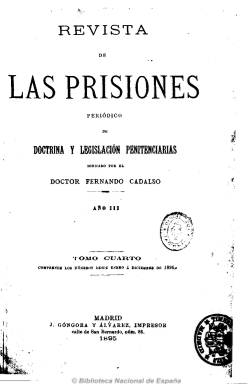
Título: Revista de las prisiones (Madrid. 1893)
Colección: Establecimientos penitenciarios
Ámbito geográfico: Madrid
Lugar de publicación: Madrid
Fechas: 01/01/1895-10/12/1897

Subtitulado como “periódico de doctrina y legislación penitenciaria”, se trata de una publicación de carácter profesional que debió comenzar a editarse a partir de 1893, y que en julio del siguiente año empieza a dirigirla Fernando Cadalso, a la sazón director de la cárcel Modelo de Barcelona. Contiene artículos doctrinales y de fondo sobre política penitenciaria y sus establecimientos y del cuerpo de prisiones, con informaciones estadísticas de la población reclusa y de nombramientos y traslados de funcionarios. Asimismo contiene noticias sobre la situación de las prisiones y sobre los internos y sus condenas, revista de prensa y bibliográfica, sueltos y noticias y sección oficial sobre normativa penal y carcelaria.

Sus corresponsales en provincias son directivos de instituciones penitenciarias y entre sus colaboradores se encuentras miembros de la carrera judicial. Al principio salía tres veces al mes, para después aparecer quincenalmente, y más tarde de nuevo ser de periodicidad trimensual. De 16 páginas por número, incluye un índice anual el último de cada año. A partir de 1898 modifica su título: Revista de prisiones y policía.